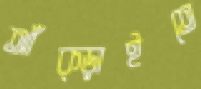
আঁক্‌ড়াইতে